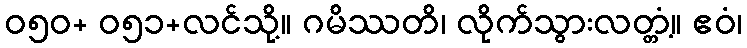
ဝ၅၀+ ဝ၅၁+လင်သို့။ ဂမိဿတိ၊ လိုက်သွားလတ္တံ့။ ဧဝံ၊